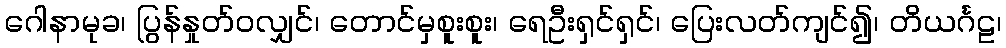
ဂေါနာမုခ၊ ပြွန်နှုတ်ဝလျှင်၊ တောင်မှစူးစူး၊ ရေဦးရှင်ရှင်၊ ပြေးလတ်ကျင်၍၊ တိယင်္ဂဠ၊